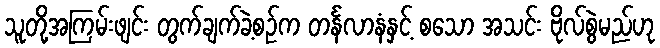
သူတို့အကြမ်းဖျင်း တွက်ချက်ခဲ့စဉ်က တင်္နလာနံနှင့် စသော အသင်း ဗိုလ်စွဲမည်ဟု